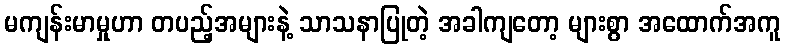
မကျန်းမာမှုဟာ တပည့်အများနဲ့ သာသနာပြုတဲ့ အခါကျတော့ များစွာ အထောက်အကူ